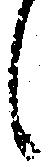
候